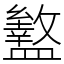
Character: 盭